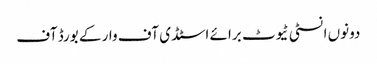
دونوں انسٹی ٹیوٹ برائے اسٹڈی آف وار کے بورڈ آف